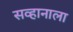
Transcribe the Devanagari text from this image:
सव्हानाला